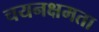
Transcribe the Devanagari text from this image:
चयनक्षमता